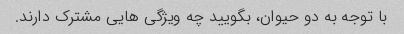
با توجه به دو حیوان، بگویید چه ویژگی هایی مشترک دارند.